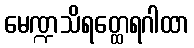
မေဏ္ဍသိရတ္ထေရဂါထာ